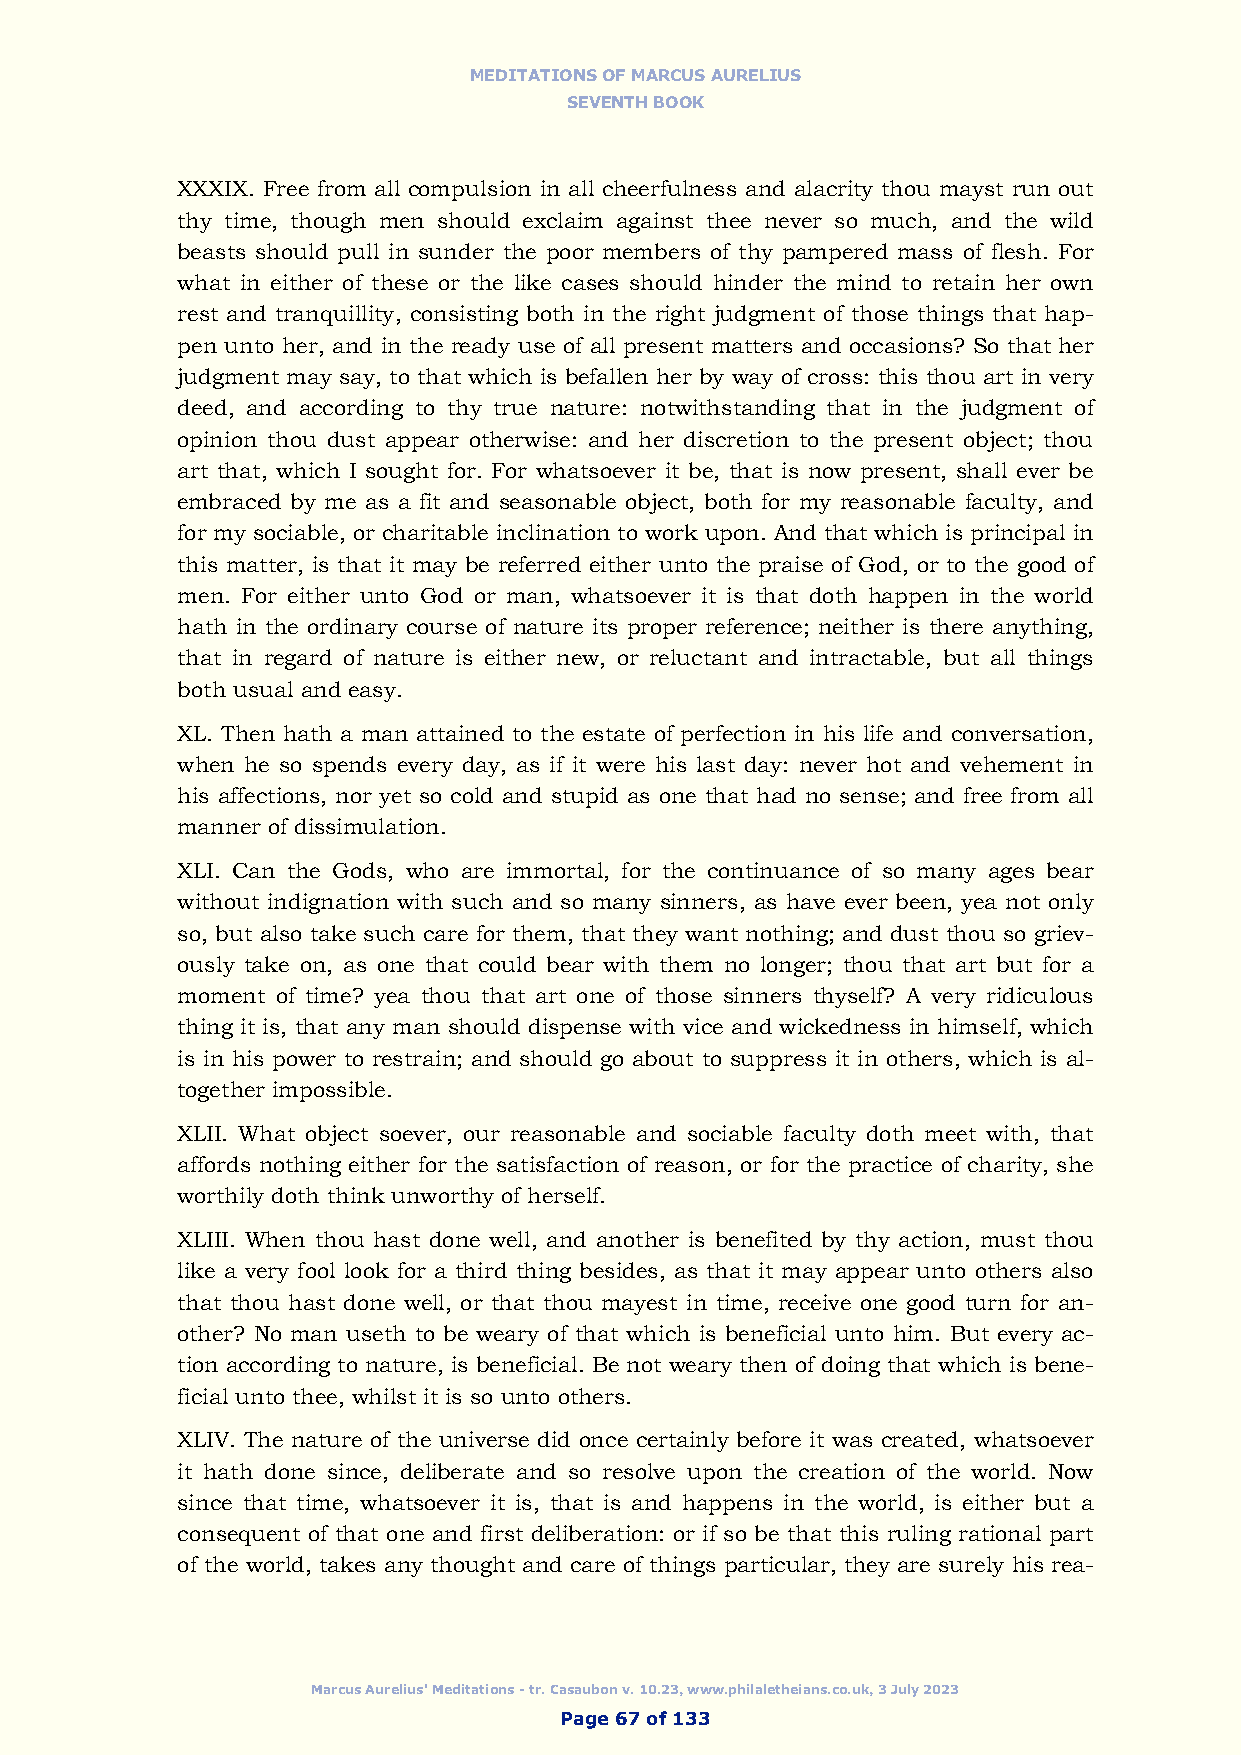
MEDITATIONS OF MARCUS AURELIUS
 SEVENTH BOOK
 XXXIX. Free from all compulsion in all cheerfulness and alacrity thou mayst run out
 thy time, though men should exclaim against thee never so much, and the wild
 beasts should pull in sunder the poor members of thy pampered mass of flesh. For
 what in either of these or the like cases should hinder the mind to retain her own
 rest and tranquillity, consisting both in the right judgment of those things that hap-
 pen unto her, and in the ready use of all present matters and occasions? So that her
 judgment may say, to that which is befallen her by way of cross: this thou art in very
 deed, and according to thy true nature: notwithstanding that in the judgment of
 opinion thou dust appear otherwise: and her discretion to the present object; thou
 art that, which I sought for. For whatsoever it be, that is now present, shall ever be
 embraced by me as a fit and seasonable object, both for my reasonable faculty, and
 for my sociable, or charitable inclination to work upon. And that which is principal in
 this matter, is that it may be referred either unto the praise of God, or to the good of
 men. For either unto God or man, whatsoever it is that doth happen in the world
 hath in the ordinary course of nature its proper reference; neither is there anything,
 that in regard of nature is either new, or reluctant and intractable, but all things
 both usual and easy.
 XL. Then hath a man attained to the estate of perfection in his life and conversation,
 when he so spends every day, as if it were his last day: never hot and vehement in
 his affections, nor yet so cold and stupid as one that had no sense; and free from all
 manner of dissimulation.
 XLI. Can the Gods, who are immortal, for the continuance of so many ages bear
 without indignation with such and so many sinners, as have ever been, yea not only
 so, but also take such care for them, that they want nothing; and dust thou so griev-
 ously take on, as one that could bear with them no longer; thou that art but for a
 moment of time? yea thou that art one of those sinners thyself? A very ridiculous
 thing it is, that any man should dispense with vice and wickedness in himself, which
 is in his power to restrain; and should go about to suppress it in others, which is al-
 together impossible.
 XLII. What object soever, our reasonable and sociable faculty doth meet with, that
 affords nothing either for the satisfaction of reason, or for the practice of charity, she
 worthily doth think unworthy of herself.
 XLIII. When thou hast done well, and another is benefited by thy action, must thou
 like a very fool look for a third thing besides, as that it may appear unto others also
 that thou hast done well, or that thou mayest in time, receive one good turn for an-
 other? No man useth to be weary of that which is beneficial unto him. But every ac-
 tion according to nature, is beneficial. Be not weary then of doing that which is bene-
 ficial unto thee, whilst it is so unto others.
 XLIV. The nature of the universe did once certainly before it was created, whatsoever
 it hath done since, deliberate and so resolve upon the creation of the world. Now
 since that time, whatsoever it is, that is and happens in the world, is either but a
 consequent of that one and first deliberation: or if so be that this ruling rational part
 of the world, takes any thought and care of things particular, they are surely his rea-
 Marcus Aurelius' Meditations - tr. Casaubon v. 10.23, www.philaletheians.co.uk, 3 July 2023
 Page 67 of 133